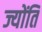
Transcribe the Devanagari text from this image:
ज्योंति